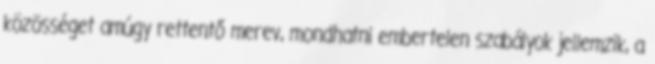
közösséget amúgy rettentő merev, mondhatni embertelen szabályok jellemzik, a